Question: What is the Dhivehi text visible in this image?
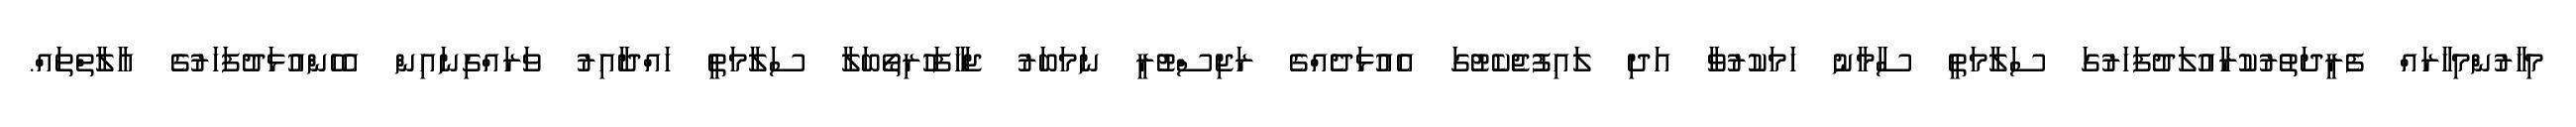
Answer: މިހާރުންމިހާރައް ފެރީދަތުރުކުރާއުލަދުފަހަރުގަ ސަލާމަތީ ސާމާނު ހަމަކުރުވާ އަދި ލައިފުޖެކެޓުގަ އެއުޅަދެއްގެ ރަޖިސްޓުރީ ނަމަބަރު ޖަހާފަހުރިތޯބަލާ ސަލާމަތީ ހައްދާއިރު ވަރައްގިނައިން އެހެންއުޅަދުފަހަރުގެ އާލާތްތައް.